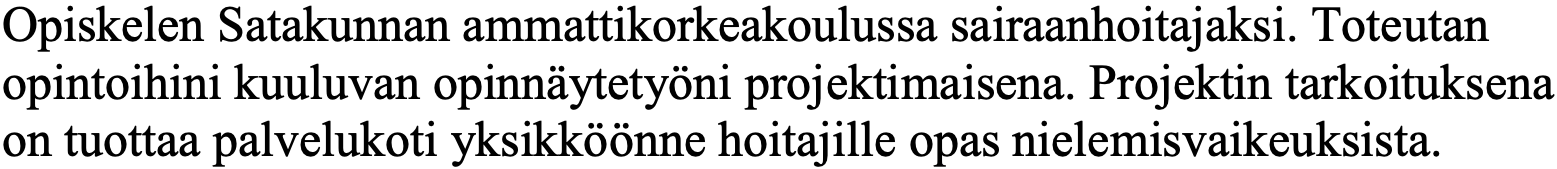
Opiskelen Satakunnan ammattikorkeakoulussa sairaanhoitajaksi. Toteutan opintoihini kuuluvan opinnäytetyöni projektimaisena. Projektin tarkoituksena on tuottaa palvelukoti yksikköönne hoitajille opas nielemisvaikeuksista.